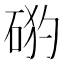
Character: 𥒙